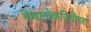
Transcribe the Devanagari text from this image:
देवलोकजिगीषया